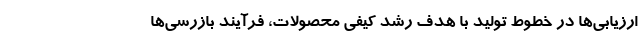
ارزیابی‌ها در خطوط توليد با هدف رشد كيفي محصولات، فرآيند بازرسي‌ها